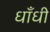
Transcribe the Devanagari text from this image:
धाँधी